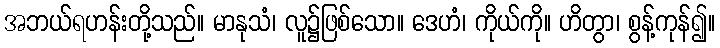
အဘယ်ရဟန်းတို့သည်။ မာနုသံ၊ လူ၌ဖြစ်သော။ ဒေဟံ၊ ကိုယ်ကို။ ဟိတွာ၊ စွန့်ကုန်၍။